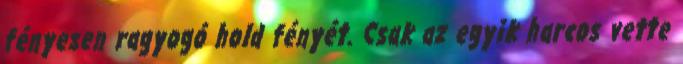
fényesen ragyogó hold fényét. Csak az egyik harcos vette